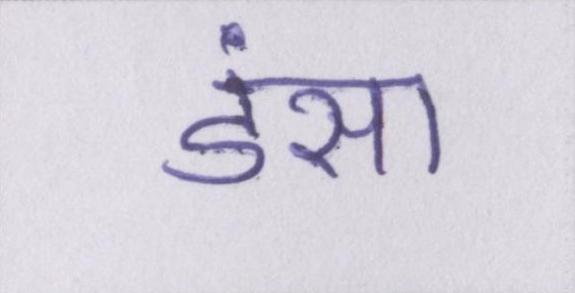
डंसा